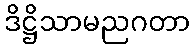
ဒိဋ္ဌိသာမညဂတာ